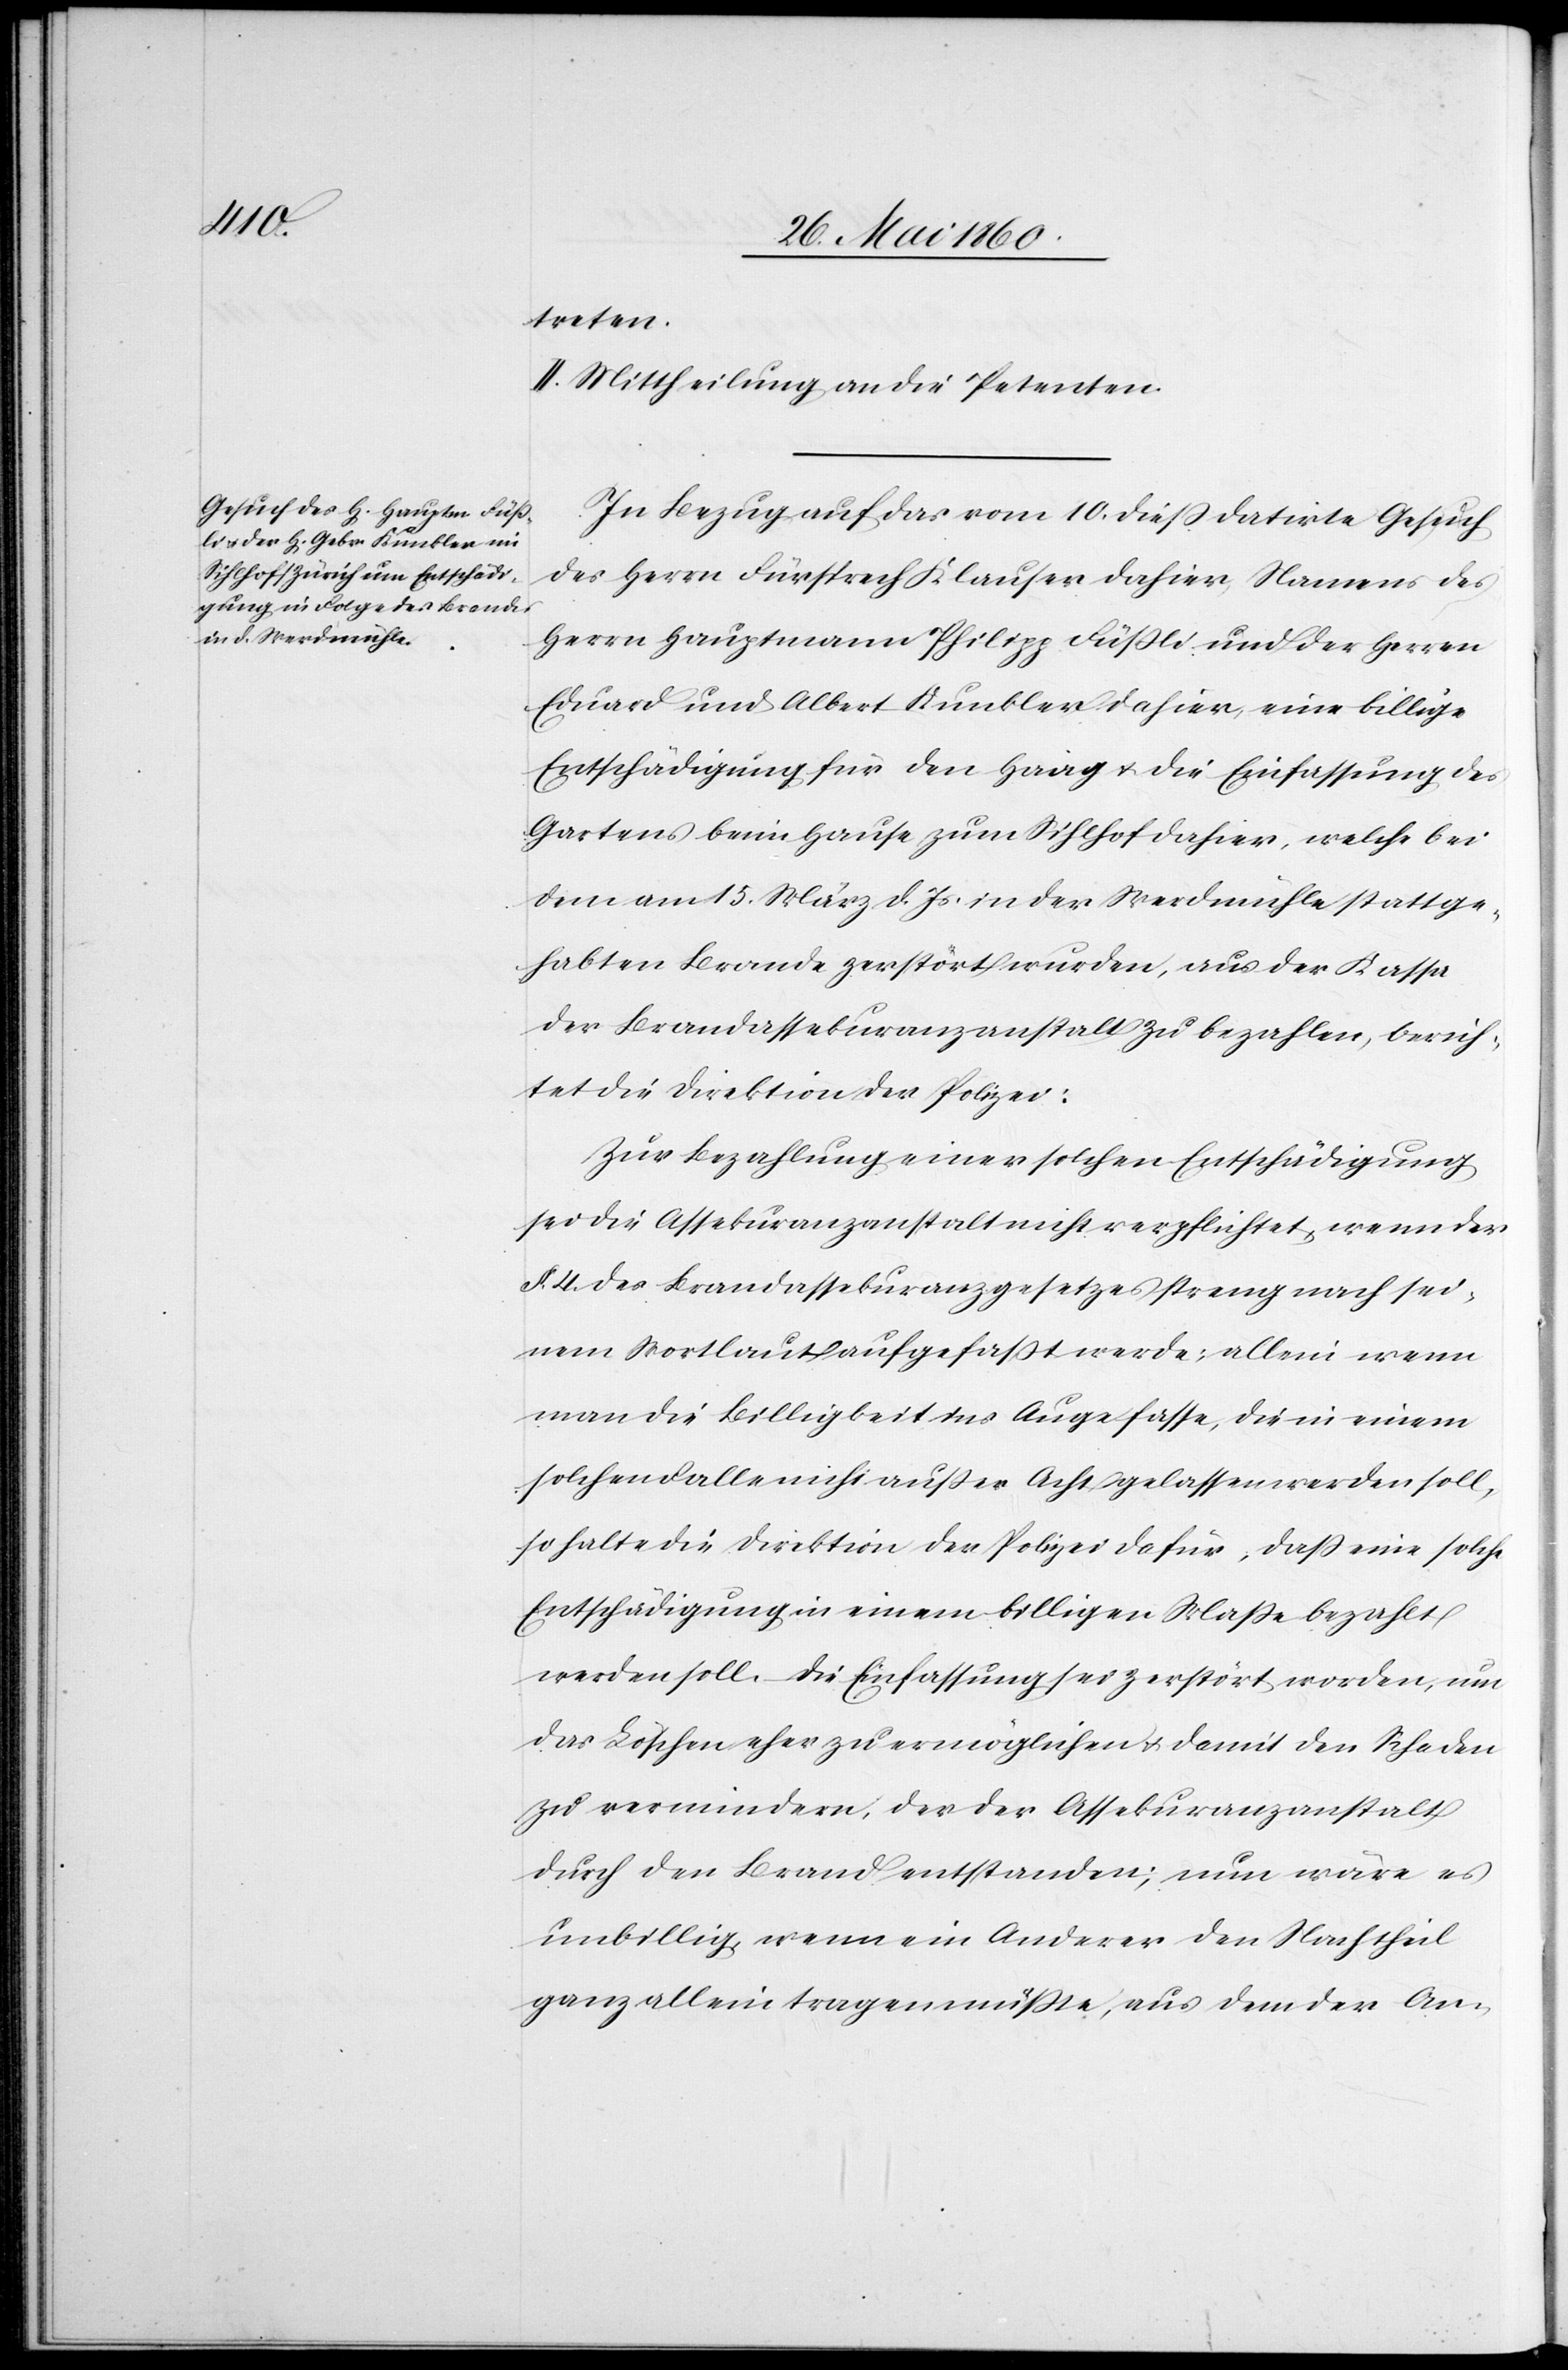
treten.
II. Mittheilung an die Petenten.
In Bezug auf das vom 10. diess datirte Gesuch
des Herrn Fürsprech Klauser dahier, Namens des
Herrn Hauptmann Philipp Füssli und der Herren
Eduard und Albert Kunkler dahier, eine billige
Entschädigung für den Haag u. die Einfassung des
Gartens beim Hause zum Sihlhof dahier, welche bei
dem am 15. März d. Js. in der Werdmühle stattge¬
habten Brande zerstört wurden, aus der Kassa
der Brandassekuranzanstalt zu bezahlen, berich¬
tet die Direktion der Polizei:
Zur Bezahlung einer solchen Entschädigung
sei die Assekuranzanstalt nicht verpflichtet, wenn der
§. 4. des Brandassekuranzgesetzes streng nach sei¬
nem Wortlaut aufgefaßt werde; allein wenn
man die Billigkeit ins Auge fasse, die in einem
solchen Falle nicht ausser Acht gelassen werden soll,
so halte die Direktion der Polizei dafür, dass eine solche
Entschädigung in einem billigen Masse bezahlt
werden soll. Die Einfassung sei zerstört worden, um
das Löschen eher zu ermöglichen u. damit den Schaden
zu vermindern, der der Assekuranzanstalt
durch den Brand entstanden; nun wäre es
unbillig, wenn ein Anderer den Nachtheil
ganz allein tragen müsste, aus dem der An-